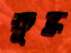
ক্ষুব্ধ